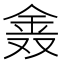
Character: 𨥖